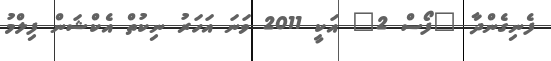
ފެނިގެންދާ "ފޯސް 2" އަކީ 2011 ވަނަ އަހަރު ނިކުތް އެކްޝަން ފިލްމު